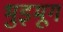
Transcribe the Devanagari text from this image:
भुइमूग